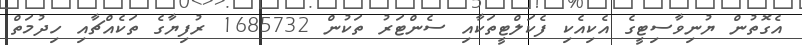
އެގޮތުން ޔުނިވާސިޓީގެ އެކިއެކި ފެކަލްޓީތަކާއި ސެންޓަރު ތަކުން 1685732 ރުފިޔާގެ ތަކެއްޗާއި ހިދުމަތް